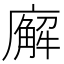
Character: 廨